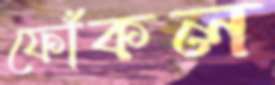
ফোঁকল